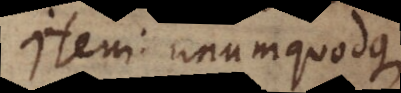
Item: unumquodque